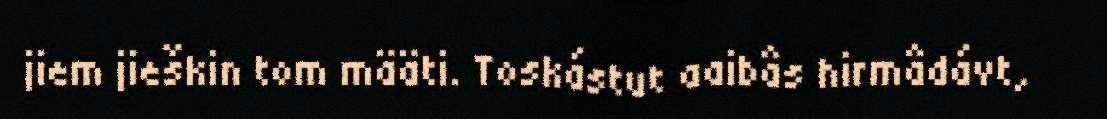
jiem jieškin tom määti. Toskástut aaibâs hirmâdávt,